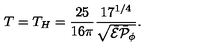
T = T _ { H } = { \frac { 2 5 } { 1 6 \pi } } { \frac { 1 7 ^ { 1 / 4 } } { \sqrt { \bar { \cal E } \bar { \cal P } _ { \phi } } } } .